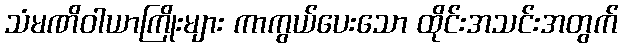
သံမဏိဝါယာကြိုးများ ကာကွယ်ပေးသော ထိုင်းအသင်းအတွက်